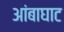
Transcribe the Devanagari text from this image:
आंबाघाट